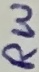
Text: RW